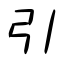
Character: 引